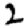
Digit: 2